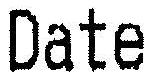
DATE